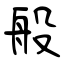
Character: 般